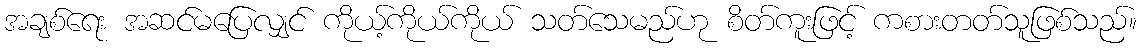
အချစ်ရေး အဆင်မပြေလျှင် ကိုယ့်ကိုယ်ကိုယ် သတ်သေမည်ဟု စိတ်ကူးဖြင့် ကစားတတ်သူဖြစ်သည်။